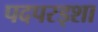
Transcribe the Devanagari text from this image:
पदपरड्शा